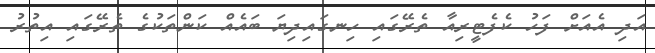
އަދި އެއަށް ފަހު ކެފެޓީރިއާ ތެރޭގައި ހިނގައިދިޔަ ބައެއް ކަންތަކުގެ ތެރޭގައި އިތުރު